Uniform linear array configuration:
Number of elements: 4
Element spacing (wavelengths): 0.75
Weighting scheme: blackman
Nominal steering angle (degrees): -60
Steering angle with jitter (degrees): -59.626
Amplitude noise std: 0.05
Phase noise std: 0.05

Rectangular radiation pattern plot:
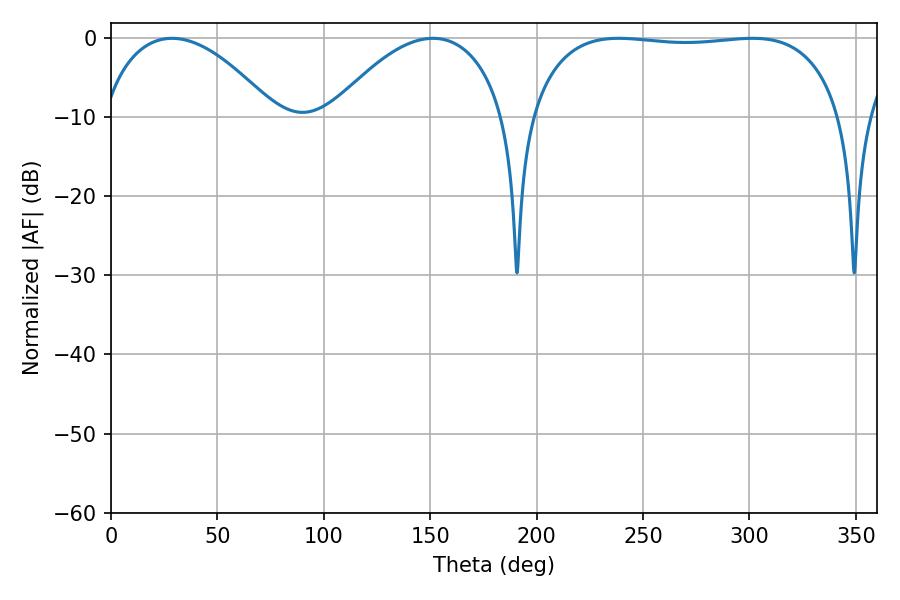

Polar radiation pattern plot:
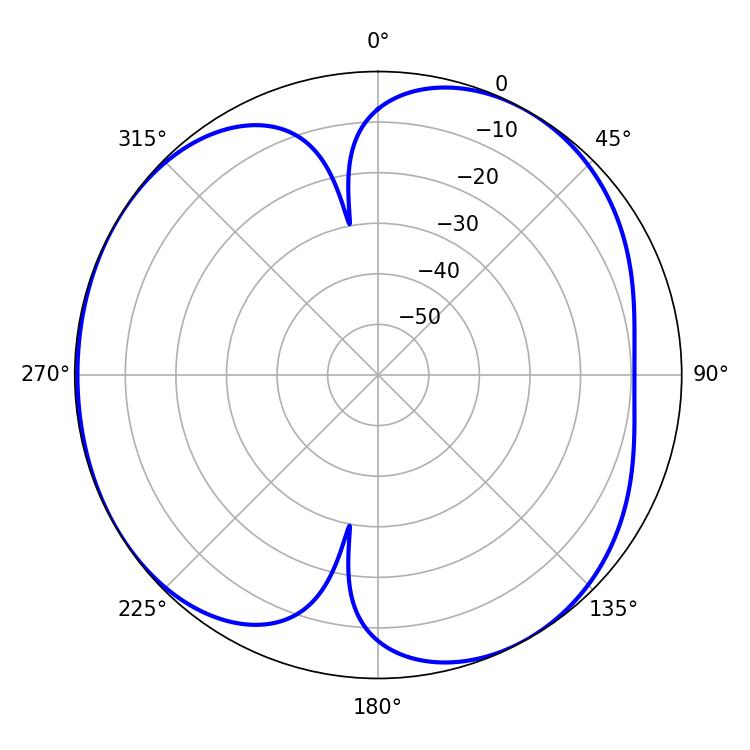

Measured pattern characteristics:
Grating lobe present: TRUE
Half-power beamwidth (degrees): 117.36
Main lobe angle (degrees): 238.5